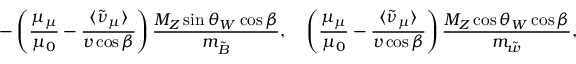
- \left( { \frac { \mu _ { \mu } } { \mu _ { 0 } } } - { \frac { \langle \tilde { \nu } _ { \mu } \rangle } { v \cos \beta } } \right) { \frac { M _ { Z } \sin \theta _ { W } \cos \beta } { m _ { \tilde { B } } } } , ~ ~ ~ \left( { \frac { \mu _ { \mu } } { \mu _ { 0 } } } - { \frac { \langle \tilde { \nu } _ { \mu } \rangle } { v \cos \beta } } \right) { \frac { M _ { Z } \cos \theta _ { W } \cos \beta } { m _ { \tilde { w } } } } ,